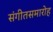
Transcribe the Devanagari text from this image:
संगीतसमारोह